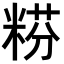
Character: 𥺯